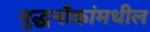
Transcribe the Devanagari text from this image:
युद्धनौकांमधील